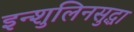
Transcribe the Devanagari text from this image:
इन्शुलिनसुद्धा